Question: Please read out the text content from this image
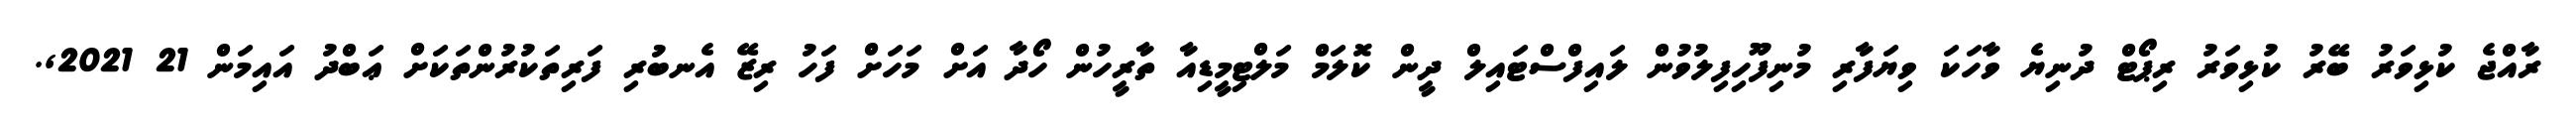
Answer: ރާއްޖެ ކުޅިވަރު ބޭރު ކުޅިވަރު ރިޕޯޓް ދުނިޔެ ވާހަކަ ވިޔަފާރި މުނިފޫހިފިލުވުން ލައިފްސްޓައިލް ދީން ކޮލަމް މަލްޓިމީޑިއާ ތާރީހުން ހޯދާ އަށް މަހަށް ފަހު ރިޒޭ އެނބުރި ފަރިތަކުރުންތަކަށް ޢަބްދު އައިމަން 21 2021,.